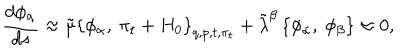
LaTeX: { \frac { d { \phi _ { \alpha } } } { d s } } \approx \tilde { \mu } \left\{ \phi _ { \alpha } , \ \pi _ { t } + H _ { 0 } \right\} _ { q , p , t , \pi _ { t } } + { \tilde { \lambda } } ^ { \beta } \left\{ \phi _ { \alpha } , \ \phi _ { \beta } \right\} \approx 0 ,